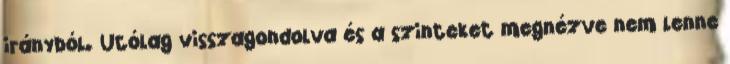
irányból. Utólag visszagondolva és a szinteket megnézve nem lenne